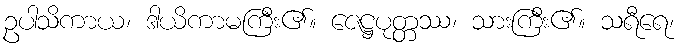
ဥပါသိကာယ၊ ဒါယိကာမကြီး၏။ ဇေဋ္ဌပုတ္တဿ၊ သားကြီး၏။ သရီရေ၊